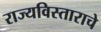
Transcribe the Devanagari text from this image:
राज्यविस्ताराचे